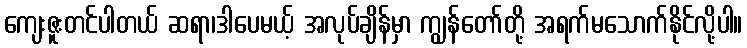
ကျေးဇူးတင်ပါတယ် ဆရာ၊ဒါပေမယ့် အလုပ်ချိန်မှာ ကျွန်တော်တို့ အရက်မသောက်နိုင်လို့ပါ။